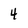
Character: 4